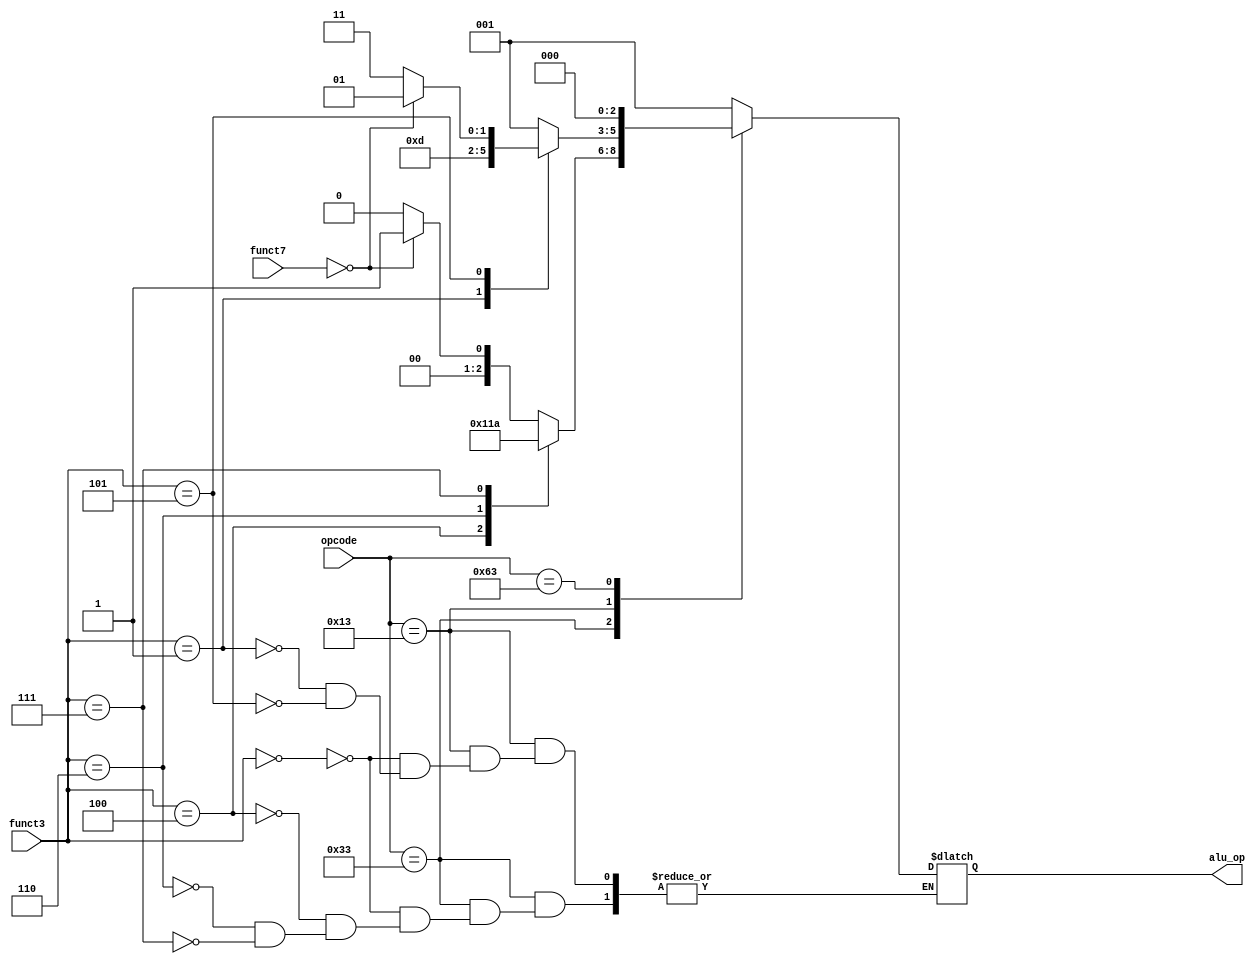
module alu_control(
        input [6:0] opcode,
        input [2:0] funct3,
        input [6:0] funct7,
        output reg [2:0] alu_op);

    parameter R_TYPE = 7'b0110011; // ADD, SUB, AND, OR, XOR
    parameter I_TYPE = 7'b0010011; // ADDI, SLLI, SRLI, SRAI
    parameter I_LOAD = 7'b0000011; // LW
    parameter S_TYPE = 7'b0100011; // SW
    parameter I_JALR = 7'b1100111; // JALR
    parameter B_TYPE = 7'b1100011; // BEQ, BLT, BLTU
    parameter U_LUI = 7'b0110111; // LUI
    parameter U_AUIPC = 7'b0010111; //AUIPC
    parameter J_JAL  = 7'b1101111; // JAL

    parameter SUB = 3'b000;
    parameter ADD = 3'b001;
    parameter AND = 3'b010;
    parameter OR  = 3'b011;
    parameter XOR = 3'b100;
    parameter SRL = 3'b101;
    parameter SL = 3'b110;
    parameter SRA = 3'b111;

    always @(*) begin
        case(opcode)
            R_TYPE : begin
                case(funct3)
                    3'b000: alu_op = (funct7 == 0) ? ADD : SUB; //add, sub
                    3'b100: alu_op = XOR; //xor
                    3'b110: alu_op = OR; //or
                    3'b111: alu_op = AND; //and
                endcase
            end
            I_TYPE: begin
                case(funct3)
                    3'b000: alu_op = ADD;    // addi
                    3'b001: alu_op = SL;    // slli
                    3'b101: alu_op = (funct7 == 0) ? SRL : SRA; // srli, srai
                endcase
            end
            B_TYPE: alu_op = SUB;
            default: alu_op = ADD;
        endcase
    end
endmodule